Lunatic asylums in Bengal annual reports 1888-1898 - 1888-1898
Year: 1888
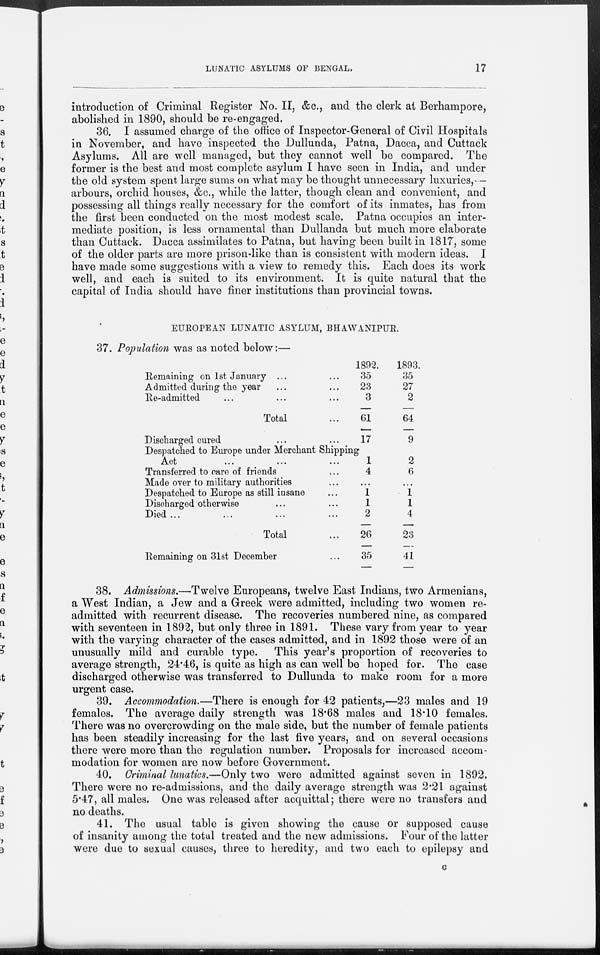
LUNATIC ASYLUMS OF BENGAL.
17
introduction of Criminal Register No. II, &c., and the clerk at Berhampore,
abolished in 1890, should be re-engaged.
36. I assumed charge of the office of Inspector-General of Civil Hospitals
in November, and have inspected the Dullunda, Patna, Dacca, and Cuttack
Asylums. All are well managed, but they cannot well be compared. The
former is the best and most complete asylum I have seen in India, and under
the old system spent large sums on what may be thought unnecessary luxuries, -
arbours, orchid houses, &c., while the latter, though clean and convenient, and
possessing all things really necessary for the comfort of its inmates, has from
the first been conducted on the most modest scale. Patna occupies an inter-
mediate position, is less ornamental than Dullanda but much more elaborate
than Cuttack. Dacca assimilates to Patna, but having been built in 1817, some
of the older parts are more prison-like than is consistent with modern ideas. I
have made some suggestions with a view to remedy this. Each does its work
well, and each is suited to its environment. It is quite natural that the
capital of India should have finer institutions than provincial towns.
EUROPEAN LUNATIC ASYLUM, BHAWANIPUR.
37. Population was as noted below:—
Remaining on 1st January ... ...
Admitted during the year ... ...
Re-admitted ... ... ...
Total ...
Discharged cured ... ...
Despatched to Europe under Merchant Shipping
Act ... ... ...
Transferred to care of friends ...
Made over to military authorities ...
Despatched to Europe as still insane ...
Discharged otherwise ... ...
Died... ... ... ...
Total ...
Remaining on 31st December ...
1892.
35
23
3
61
17
1
4
...
1
1
2
26
35
1893.
35
27
2
64
9
2
6
...
1
1
4
23
41
38. Admissions.—Twelve Europeans, twelve East Indians, two Armenians,
a West Indian, a Jew and a Greek were admitted, including two women re-
admitted with recurrent disease. The recoveries numbered nine, as compared
with seventeen in 1892, but only three in 1891. These vary from year to year
with the varying character of the cases admitted, and in 1892 those were of an
unusually mild and curable type. This year's proportion of recoveries to
average strength, 24.46, is quite as high as can well be hoped for. The case
discharged otherwise was transferred to Dullunda to make room for a more
urgent case.
39. Accommodation.—There is enough for 42 patients,—23 males and 19
females. The average daily strength was 18.68 males and 18.10 females.
There was no overcrowding on the male side, but the number of female patients
has been steadily increasing for the last five years, and on several occasions
there were more than the regulation number. Proposals for increased accom-
modation for women are now before Government.
40. Criminal lunatics.—Only two were admitted against seven in 1892.
There were no re-admissions, and the daily average strength was 2.21 against
5.47, all males. One was released after acquittal; there were no transfers and
no deaths.
41. The usual table is given showing the cause or supposed cause
of insanity among the total treated and the new admissions. Four of the latter
were due to sexual causes, three to heredity, and two each to epilepsy and
C